Mental hospitals Bombay report 1921-28 - 1921-1928
Year: 1921
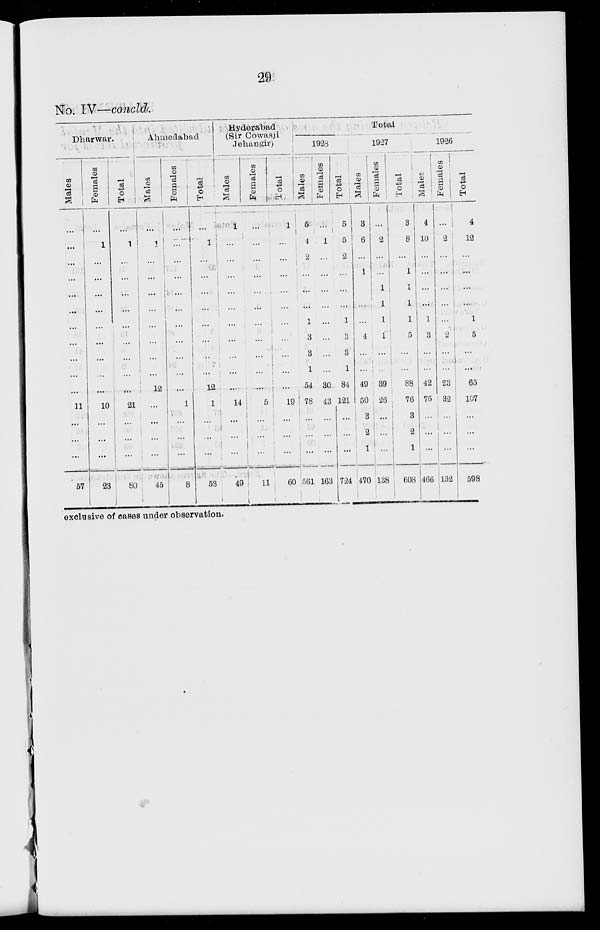
29
No. IV—concld.
Dharwar.
Males
...
...
...
...
...
...
...
...
...
...
...
11
...
...
...
57
Females
...
1
...
...
...
...
...
...
...
...
...
10
...
...
...
23
Total
...
1
...
...
...
...
...
...
...
...
...
21
...
...
...
80
Ahmedabad
Males
...
1
...
...
...
...
...
...
...
...
12
...
...
...
...
45
Females
...
...
...
...
...
...
...
...
...
...
...
1
...
...
...
8
Total
...
1
...
...
...
...
...
...
...
...
12
1
...
...
...
53
Hyderabad
(Sir Cowasji
Jahangir)
Ma l
e s
1
...
...
...
...
...
...
...
...
...
...
14
...
...
...
49
Fe ma l
e s
...
...
...
...
...
...
...
...
...
...
...
5
...
...
...
11
Total
1
...
...
...
...
...
...
...
...
...
...
19
...
...
...
60
Total
1928
Males
5
4
2
...
...
...
1
3
3
1
54
78
...
...
...
561
Females
...
1
...
...
...
...
...
...
...
...
30
43
...
...
...
163
Total
5
5
2
...
...
...
1
3
3
1
84
121
...
...
...
724
1927
Males
3
6
...
1
...
...
...
4
...
...
49
50
3
2
1
470
Females
...
2
...
...
...
1
1
1
...
...
39
26
...
...
...
138
Total
3
8
...
1
...
1
1
5
...
...
88
76
3
2
1
608
1926
Males
4
10
...
...
...
...
1
3
...
...
42
75
...
...
...
466
Females
...
2
...
...
...
...
...
2
...
...
23
32
...
...
...
132
Total
4
12
...
...
...
...
1
5
...
...
65
107
...
...
...
598
exclusive of cases under observation.